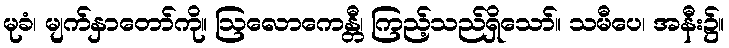
မုခံ၊ မျက်နှာတော်ကို။ ဩလောကေန္တီ၊ ကြည့်သည်ရှိသော်။ သမီပေ၊ အနီး၌။